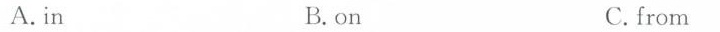
A.in B.on C. from